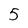
Character: 5